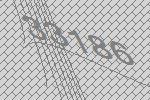
33186